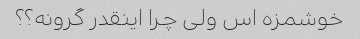
خوشمزه اس ولی چرا اینقدر گرونه؟؟